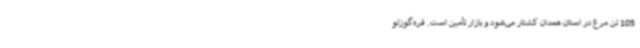
105 تن مرغ در استان همدان کشتار می‌شود و بازار تأمین است. قره‌گوزلو